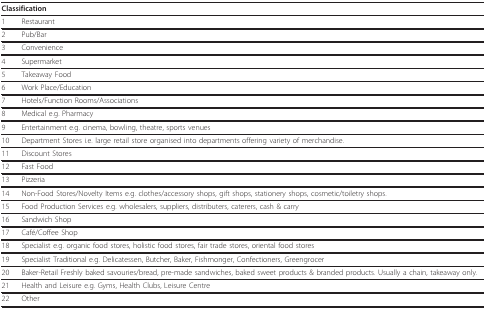
<table><thead><tr><td colspan="2"><b>Classification</b></td></tr></thead><tbody><tr><td>1</td><td>Restaurant</td></tr><tr><td>2</td><td>Pub/Bar</td></tr><tr><td>3</td><td>Convenience</td></tr><tr><td>4</td><td>Supermarket</td></tr><tr><td>5</td><td>Takeaway Food</td></tr><tr><td>6</td><td>Work Place/Education</td></tr><tr><td>7</td><td>Hotels/Function Rooms/Associations</td></tr><tr><td>8</td><td>Medical e.g. Pharmacy</td></tr><tr><td>9</td><td>Entertainment e.g. cinema, bowling, theatre, sports venues</td></tr><tr><td>10</td><td>Department Stores i.e. large retail store organised into departments offering variety of merchandise.</td></tr><tr><td>11</td><td>Discount Stores</td></tr><tr><td>12</td><td>Fast Food</td></tr><tr><td>13</td><td>Pizzeria</td></tr><tr><td>14</td><td>Non-Food Stores/Novelty Items e.g. clothes/accessory shops, gift shops, stationery shops, cosmetic/toiletry shops.</td></tr><tr><td>15</td><td>Food Production Services e.g. wholesalers, suppliers, distributers, caterers, cash &amp; carry</td></tr><tr><td>16</td><td>Sandwich Shop</td></tr><tr><td>17</td><td>Café/Coffee Shop</td></tr><tr><td>18</td><td>Specialist e.g. organic food stores, holistic food stores, fair trade stores, oriental food stores</td></tr><tr><td>19</td><td>Specialist Traditional e.g. Delicatessen, Butcher, Baker, Fishmonger, Confectioners, Greengrocer</td></tr><tr><td>20</td><td>Baker-Retail Freshly baked savouries/bread, pre-made sandwiches, baked sweet products &amp; branded products. Usually a chain, takeaway only.</td></tr><tr><td>21</td><td>Health and Leisure e.g. Gyms, Health Clubs, Leisure Centre</td></tr><tr><td>22</td><td>Other</td></tr></tbody></table>